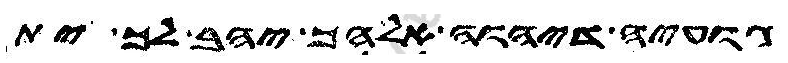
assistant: גועיה דיהוה אלהך יהב לך ית